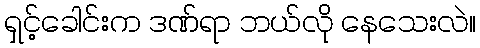
ရှင့်ခေါင်းက ဒဏ်ရာ ဘယ်လို နေသေးလဲ။